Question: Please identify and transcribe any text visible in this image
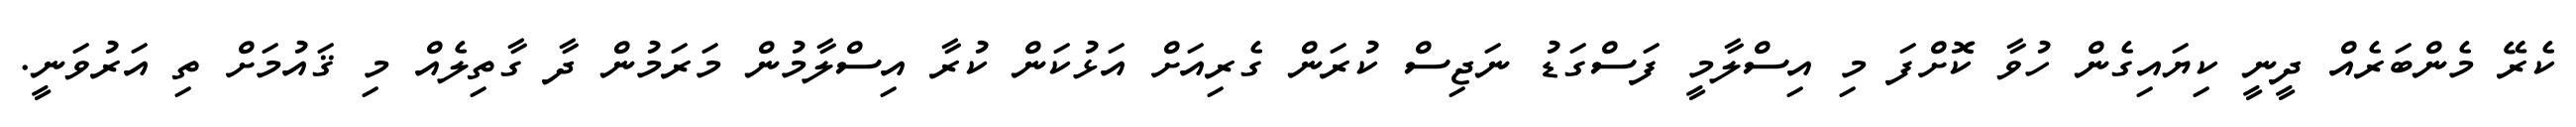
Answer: ކެރޭ މެންބަރެއް ދީނީ ކިޔައިގެން ހުވާ ކޮށްފަ މި އިސްލާމީ ފަސްގަޑު ނަޖިސް ކުރަން ގެރިއަށް އަޅުކަން ކުރާ އިސްލާމުން މަރަމުން ދާ ގާތިލެއް މި ޤައުމަށް ތި އަރުވަނީ.